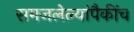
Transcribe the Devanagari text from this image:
समजलेल्यांपैकींच